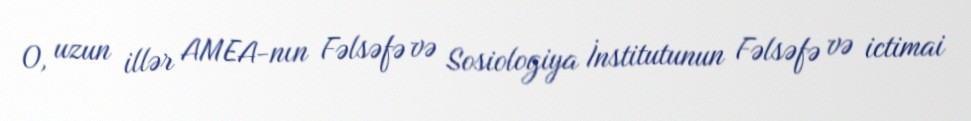
O, uzun illər AMEA-nın Fəlsəfə və Sosiologiya İnstitutunun Fəlsəfə və ictimai